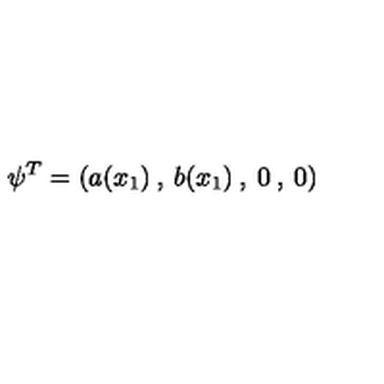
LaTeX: \psi ^ { T } = ( a ( x _ { 1 } ) \: , \: b ( x _ { 1 } ) \: , \: 0 \: , \: 0 )